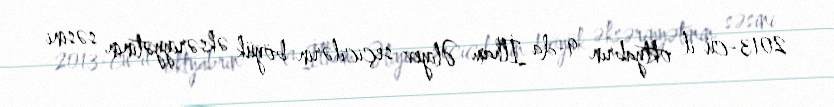
2013-cü il oktyabrın 9-da İlham Əliyev seçicilərin böyük əksəriyyətinin səsini